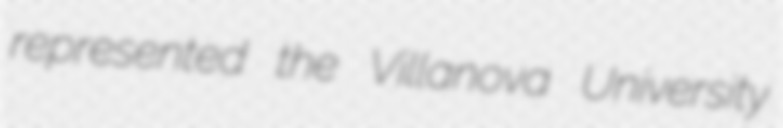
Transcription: represented the Villanova University